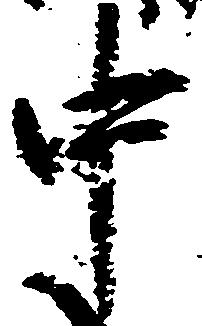
中